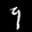
Label: 9